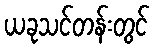
ယခုသင်တန်းတွင်